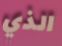
الذي